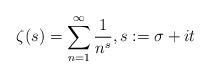
LaTeX: \begin{align*}\zeta(s) = \sum_{n=1}^\infty \frac{1}{n^s},s:=\sigma+ i t\end{align*}